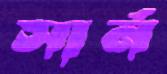
সার্ন